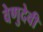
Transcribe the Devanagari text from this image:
वेणुदेवी